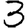
Digit: 3